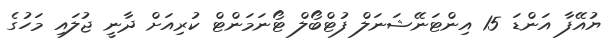
ޔުއޭފާ އަންޑަ 15 އިންޓަނޭޝަނަލް ފުޓްބޯލް ޓޯނަމަންޓް ކުރިއަށް ދާނީ ޖުލައި މަހުގެ